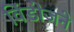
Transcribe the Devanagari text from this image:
विंडोजने